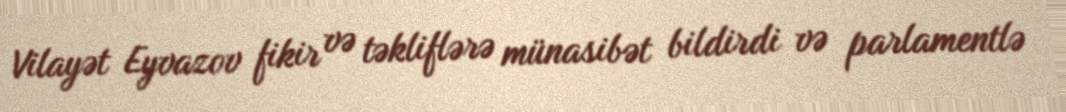
Vilayət Eyvazov fikir və təkliflərə münasibət bildirdi və parlamentlə